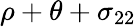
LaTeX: \rho+\theta+\sigma_{22}